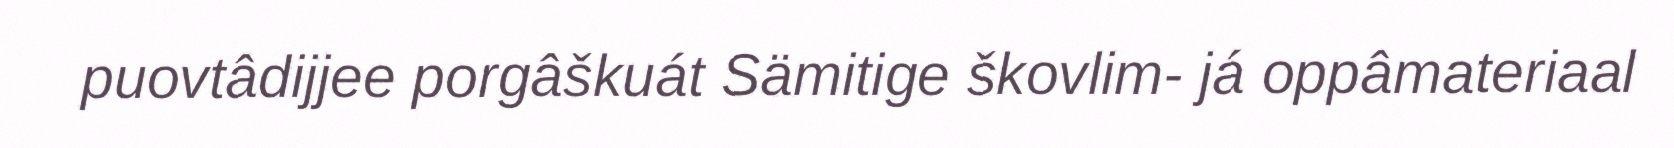
puovtâdijjee porgâškuát Sämitige škovlim- já oppâmateriaal